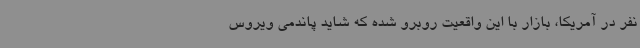
نفر در آمریکا، بازار با این واقعیت روبرو شده که شاید پاندمی ویروس